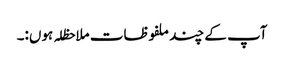
آپ کے چند ملفوظات ملاحظلہ ہوں:۔